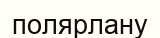
полярлану